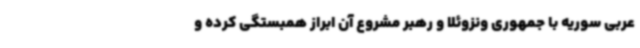
عربی سوریه با جمهوری ونزوئلا و رهبر مشروع آن ابراز همبستگی کرده و